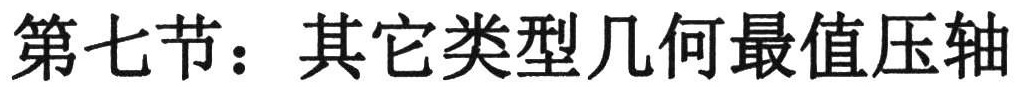
第七节：其它类型几何最值压轴